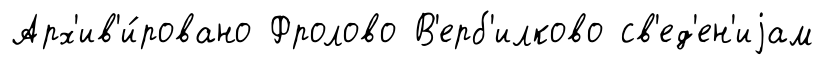
Арх'ив'и́ровано Фролово В'ерб'илково св'ед'ен'иjам